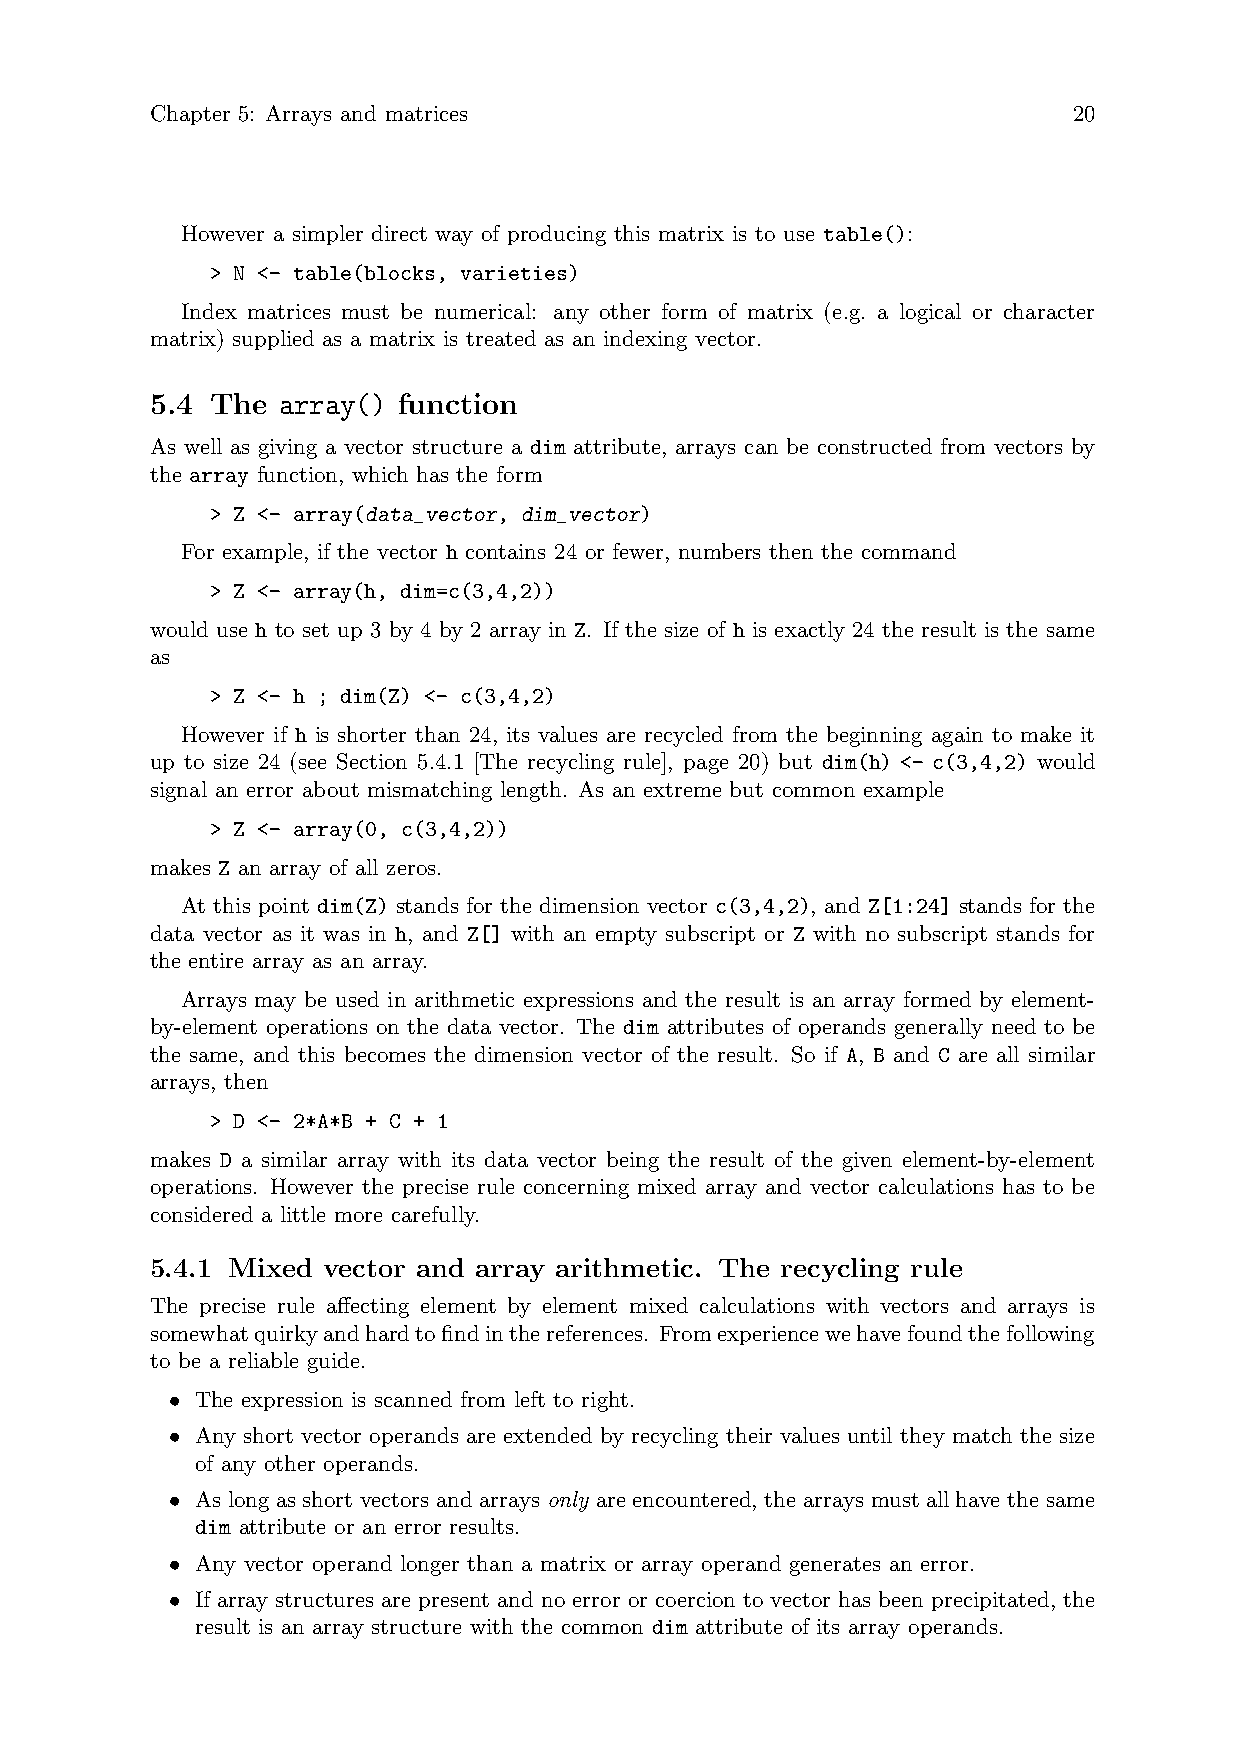
Chapter 5: Arrays and matrices                               20
 However a simpler direct way of producing this matrix is to use table():
 > N <- table(blocks, varieties)
 Index matrices must be numerical: any other form of matrix (e.g. a logical or character
 matrix) supplied as a matrix is treated as an indexing vector.
 5.4 The array() function
 As well as giving a vector structure a dim attribute, arrays can be constructed from vectors by
 the array function, which has the form
 > Z <- array(data_vector, dim_vector)
 For example, if the vector h contains 24 or fewer, numbers then the command
 > Z <- array(h, dim=c(3,4,2))
 would use h to set up 3 by 4 by 2 array in Z. If the size of h is exactly 24 the result is the same
 as
 > Z <- h ; dim(Z) <- c(3,4,2)
 However if h is shorter than 24, its values are recycled from the beginning again to make it
 up to size 24 (see Section 5.4.1 [The recycling rule], page 20) but dim(h) <- c(3,4,2) would
 signal an error about mismatching length. As an extreme but common example
 > Z <- array(0, c(3,4,2))
 makes Z an array of all zeros.
 At this point dim(Z) stands for the dimension vector c(3,4,2), and Z[1:24] stands for the
 data vector as it was in h, and Z[] with an empty subscript or Z with no subscript stands for
 the entire array as an array.
 Arrays may be used in arithmetic expressions and the result is an array formed by element-
 by-element operations on the data vector. The dim attributes of operands generally need to be
 the same, and this becomes the dimension vector of the result. So if A, B and C are all similar
 arrays, then
 > D <- 2*A*B + C + 1
 makes D a similar array with its data vector being the result of the given element-by-element
 operations. However the precise rule concerning mixed array and vector calculations has to be
 considered a little more carefully.
 5.4.1 Mixed vector and array arithmetic. The recycling rule
 The precise rule affecting element by element mixed calculations with vectors and arrays is
 somewhatquirkyandhardtofindinthereferences. Fromexperiencewehavefoundthefollowing
 to be a reliable guide.
 • The expression is scanned from left to right.
 • Any short vector operands are extended by recycling their values until they match the size
 of any other operands.
 • As long as short vectors and arrays only are encountered, the arrays must all have the same
 dim attribute or an error results.
 • Any vector operand longer than a matrix or array operand generates an error.
 • If array structures are present and no error or coercion to vector has been precipitated, the
 result is an array structure with the common dim attribute of its array operands.